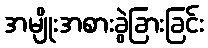
အမျိုးအစားခွဲခြားခြင်း